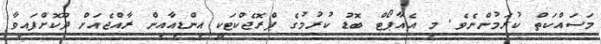
މަސައްކަތް ކުރަމުންނެވެ. މި އެއާޕޯޓް ބޮޑު ކުރުމުގެ ޕްރޮޖެކްޓަކީ އިންޑިއާއިން ރާއްޖެއަށް ދޫކޮށްފައިވާ